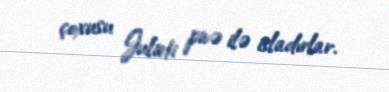
çoxusu Julieti pivə ilə isladırlar.